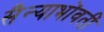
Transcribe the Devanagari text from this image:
सैन्याभोंवतीं